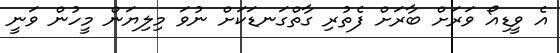
އެ ވީޑިއޯ ވަރަށް ބާރަށް ފެތުރި ގާތްގަނޑަކަށް ނުވަ މިލިޔަން މީހުން ވަނީ